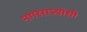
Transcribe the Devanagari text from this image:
नगरराज्यांशी